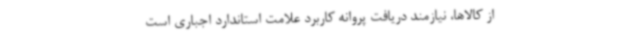
از کالاها، نیازمند دریافت پروانه کاربرد ‌علامت ‌استاندارد اجباری است